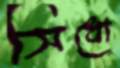
সিধো